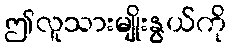
ဤလူသားမျိုးနွယ်ကို